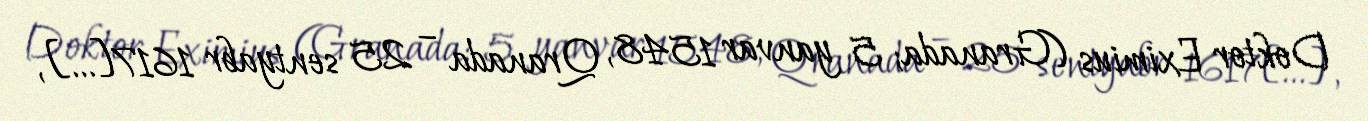
Doktor Eximius (Granada; 5 yanvar 1548, Qranada – 25 sentyabr 1617[…],